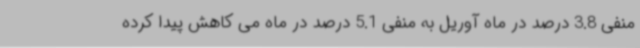
منفی 3.8 درصد در ماه آوریل به منفی 5.1 درصد در ماه می کاهش پیدا کرده